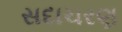
સદાચરણ